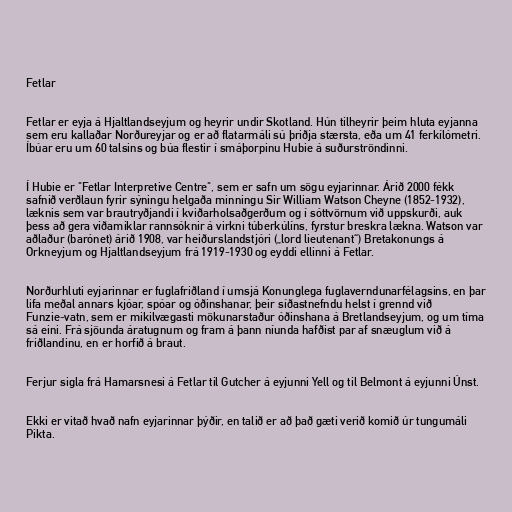
Fetlar

Fetlar er eyja á Hjaltlandseyjum og heyrir undir Skotland. Hún tilheyrir þeim hluta eyjanna
sem eru kallaðar Norðureyjar og er að flatarmáli sú þriðja stærsta, eða um 41 ferkílómetri.
Íbúar eru um 60 talsins og búa flestir í smáþorpinu Hubie á suðurströndinni.

Í Hubie er "Fetlar Interpretive Centre", sem er safn um sögu eyjarinnar. Árið 2000 fékk
safnið verðlaun fyrir sýningu helgaða minningu Sir William Watson Cheyne (1852-1932),
læknis sem var brautryðjandi í kviðarholsaðgerðum og í sóttvörnum við uppskurði, auk
þess að gera viðamiklar rannsóknir á virkni túberkúlíns, fyrstur breskra lækna. Watson var
aðlaður (barónet) árið 1908, var heiðurslandstjóri („lord lieutenant“) Bretakonungs á
Orkneyjum og Hjaltlandseyjum frá 1919-1930 og eyddi ellinni á Fetlar.

Norðurhluti eyjarinnar er fuglafriðland í umsjá Konunglega fuglaverndunarfélagsins, en þar
lifa meðal annars kjóar, spóar og óðinshanar, þeir síðastnefndu helst í grennd við
Funzie-vatn, sem er mikilvægasti mökunarstaður óðinshana á Bretlandseyjum, og um tíma
sá eini. Frá sjöunda áratugnum og fram á þann níunda hafðist par af snæuglum við á
friðlandinu, en er horfið á braut.

Ferjur sigla frá Hamarsnesi á Fetlar til Gutcher á eyjunni Yell og til Belmont á eyjunni Únst.

Ekki er vitað hvað nafn eyjarinnar þýðir, en talið er að það gæti verið komið úr tungumáli
Pikta.